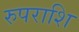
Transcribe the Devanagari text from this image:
रुपराशि